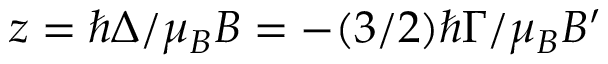
z = \hbar \Delta / \mu _ { B } B = - ( 3 / 2 ) \hbar \Gamma / \mu _ { B } B ^ { \prime }